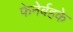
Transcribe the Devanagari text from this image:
फेनेर्बहके